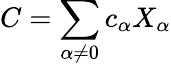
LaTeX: C=\sum_{\alpha\neq 0}c_{\alpha}X_{\alpha}